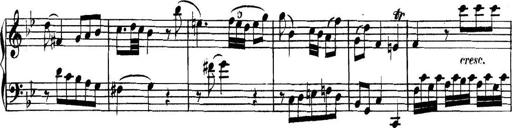
Title: Collected Piano Sonatas
Composer: Muzio Clementi